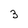
Character: 3